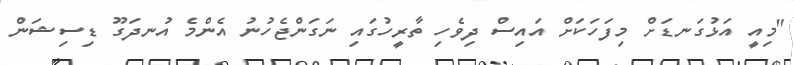
"މިއީ އަޅުގަނޑަށް މިފަހަކަށް އައިސް ދިވެހި ތާރީހުގައި ނަގަންޖެހުނު އެންމެ އުނދަގޫ ޑިސިޝަން